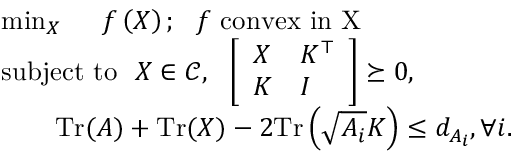
\begin{array} { r l } & { \operatorname* { m i n } _ { X } ~ ~ ~ ~ f \left( X \right) ; ~ ~ f \mathrm { ~ c o n v e x ~ i n ~ X ~ } } \\ & { \mathrm { s u b j e c t ~ t o ~ ~ } X \in \mathcal { C } , ~ ~ \left[ \begin{array} { l l } { X } & { K ^ { \top } } \\ { K } & { I } \end{array} \right] \succeq 0 , } \\ & { ~ ~ ~ ~ ~ ~ \mathrm { T r } ( A ) + \mathrm { T r } ( X ) - 2 \mathrm { T r } \left( \sqrt { A _ { i } } K \right) \leq d _ { A _ { i } } , \forall i . } \end{array}